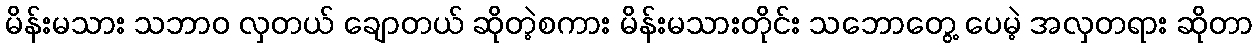
မိန်းမသား သဘာဝ လှတယ် ချောတယ် ဆိုတဲ့စကား မိန်းမသားတိုင်း သဘောတွေ့ ပေမဲ့ အလှတရား ဆိုတာ